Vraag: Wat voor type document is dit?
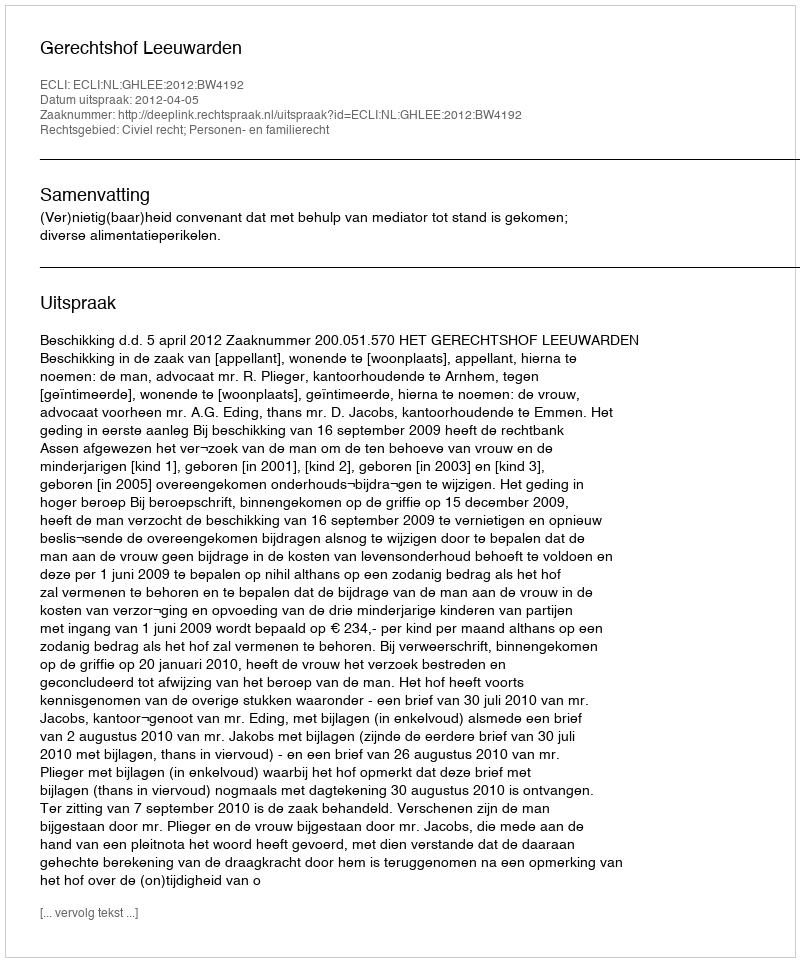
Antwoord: Uitspraak